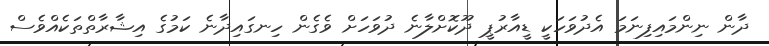
ދާން ނިންމައިފިނަމަ އެދުވަހަކީ ޑީއާރުޕީ ދޫކޮށްލާނެ ދުވަހަށް ވެގެން ހިނގައިދާނެ ކަމުގެ އިޝާރާތްތަކެއްވެސް